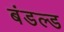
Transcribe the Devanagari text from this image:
बंडल्ड